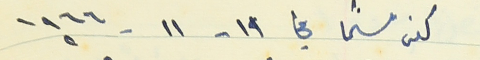
كفرشيما في ١٩ - ١١ -١٩٦٦